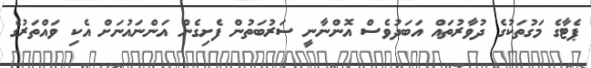
ޕެޓާގެ މަގުތަކުގެ ދުވާރުތައް އަބަދުވެސް އޮންނާނީ ސަރުބަތުން ފެށިގެން އަންނައުނަށް އެކި ވައްތަރުގެ